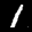
Label: 1